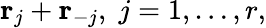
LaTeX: {\mathbf r}_{j}+{\mathbf r}_{-j},\; j=1,\ldots,r,